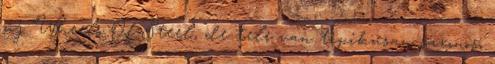
új ’Wheels Of Steel’, de tele van tipikusan saxonos,